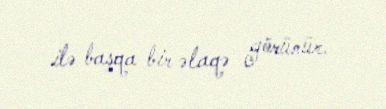
ilə başqa bir əlaqə görünür.